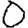
Digit: 0